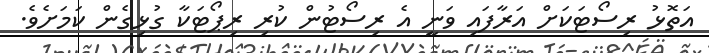
އަތޮޅު ރިސޯޓަކަށް އަރާފައި ވަނީ އެ ރިސޯޓުން ކުރި ރިޕޯޓަކާ ގުޅިގެން ކަމަށެވެ.